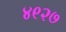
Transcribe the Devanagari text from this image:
४९२७